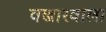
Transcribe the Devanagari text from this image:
वखारवाला